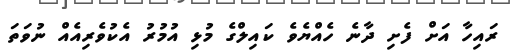
ރައިހާ އަށް ފެށި ދާނެ ހެއްޔެވެ ކައިލްގެ މުޅި އުމުރު އެކުވެރިއެއް ނުވަތަ